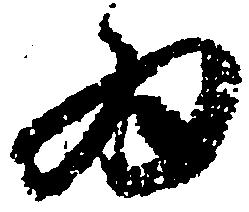
為